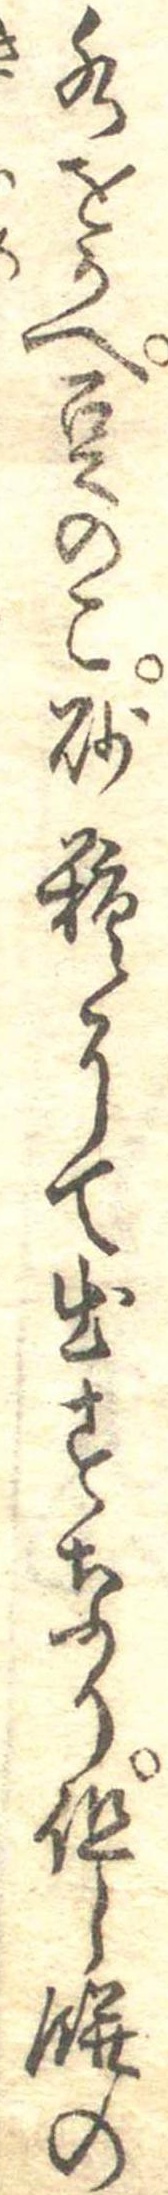
水をかへ豆のこ砂糖にて出すなり但し餅の